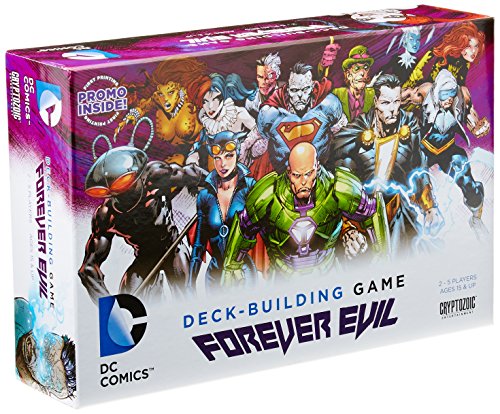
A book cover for Deck Building Game Forever Evil; Science Fiction & Fantasy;